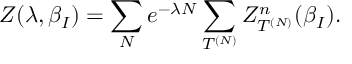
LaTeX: Z ( \lambda , \beta _ { I } ) = \sum _ { N } e ^ { - \lambda N } \sum _ { T ^ { ( N ) } } Z _ { T ^ { ( N ) } } ^ { n } ( \beta _ { I } ) .